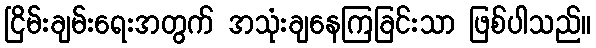
ငြိမ်းချမ်းရေးအတွက် အသုံးချနေကြခြင်းသာ ဖြစ်ပါသည်။